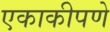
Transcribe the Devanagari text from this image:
एकाकीपणे